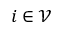
i \in \mathcal V